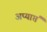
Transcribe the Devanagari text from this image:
अप्यार्प्त